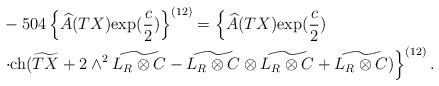
LaTeX: \begin{align*}&-504\left\{\widehat{A}(TX){\rm exp}(\frac{c}{2})\right\}^{(12)}=\left\{\widehat{A}(TX){\rm exp}(\frac{c}{2})\right.\\&\left.\cdot{\rm ch}(\widetilde{TX}+2\wedge^2\widetilde{L_R\otimes C}-\widetilde{L_R\otimes C}\otimes \widetilde{L_R\otimes C}+\widetilde{L_R\otimes C})\right\}^{(12)}.\end{align*}